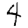
Digit: 4